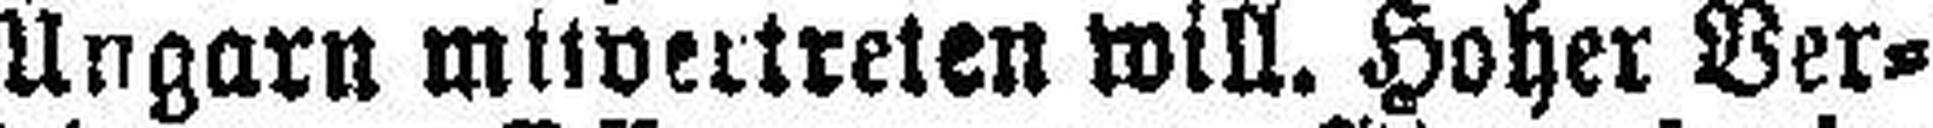
Ungarn mitvertreten will. Hoher Ver¬